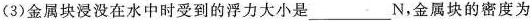
(3)金属块浸没在水中时受到的浮力大小是___N，金属块的密度为